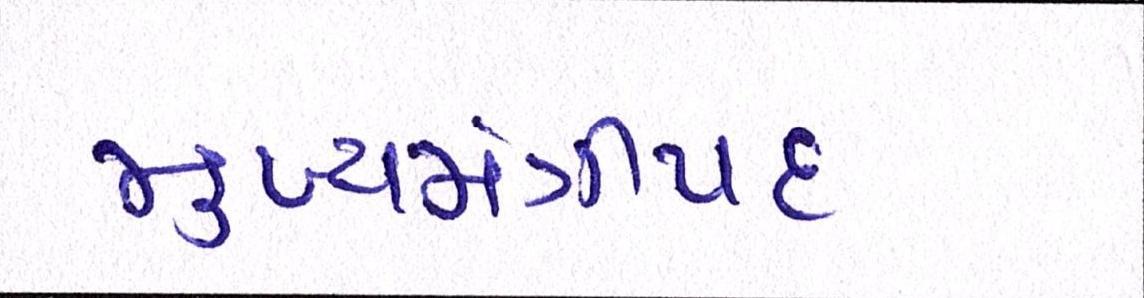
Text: મુખ્યમંત્રીપદ